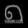
Digit: ၈